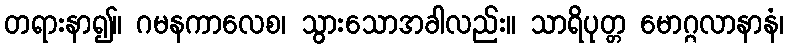
တရားနာ၍။ ဂမနကာလေစ၊ သွားသောအခါလည်း။ သာရိပုတ္တ မောဂ္ဂလာနာနံ၊